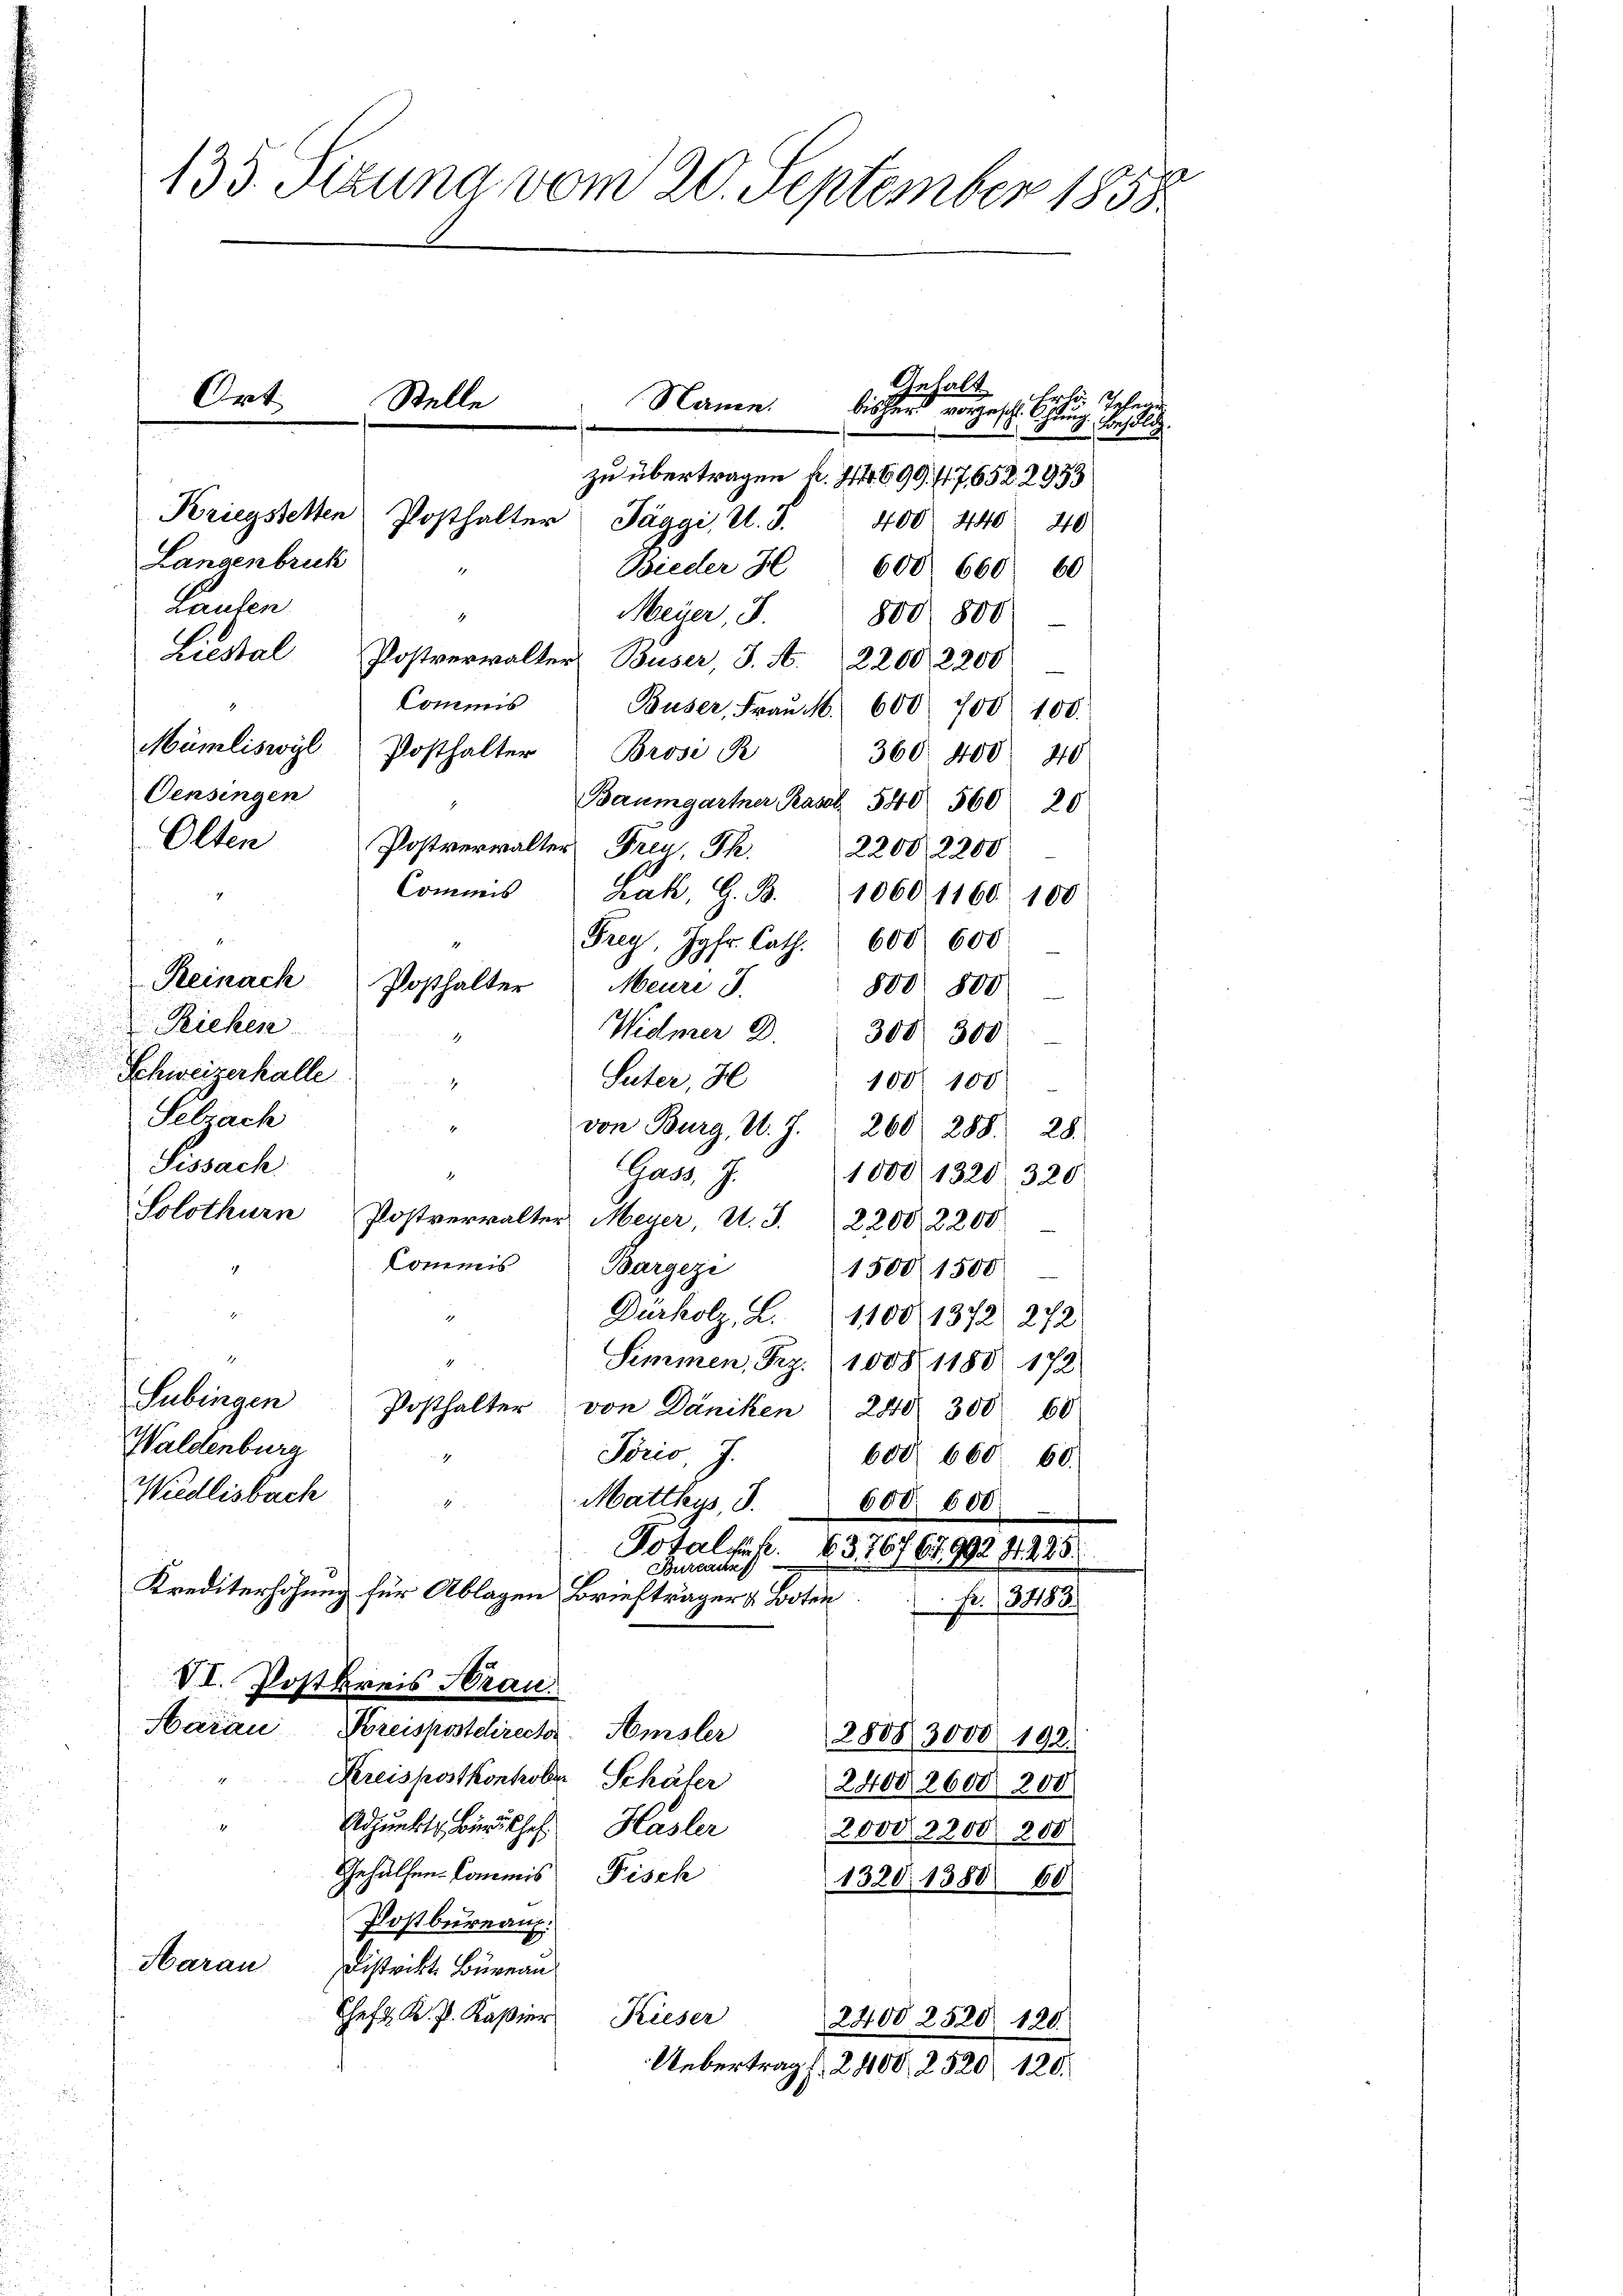
zu übertragen u. 44. 699. f. 7, 652. 2953
Langenbruck
Bieder H 600 660. 60
Lauten
4
Meier, S. 800 800
Liestal Postverwalter Buser, J. N. 2200. 2200
Commis
Buser, Fraŭ N. 600. 700. 100.
Mümliswyl Posthalter Brosi R
360 400. 410
Oensingen
Baumgartner Pasel. 540 560 20
Olten
Postverwalter Frau, Th. 2200, 2200
4
Commis rak, G. B. 1060. 1160. 100
Frey, Jgfr. Cath. 600. 600
Reinach Posthalter Meuri J.
 Teichen
Widmer d. 308 300
4
Schweizerhalle
Suter, H
Selzach
von Burg, U. J. 260. 288. 28.
Sissach
Gads J.
.
Solothurn
Postverwalter Meyer, U. J. 2200, 2200
Commis
Bargezi

1
Subingen
Posthalter von Däniken 240. 300 60
Waldenburg
Sörio, J.
Wiedlisbach
Matthaus, d.
c
Totalk. 37676, 992 41225
Bureach
Krediterhöhung für Ablagen Briefträger Boten
Fr. 13483.
VI. Postkreis Brau.
Marau Breispostdirect. Amsler
28083000 192.
Kreispostkontober Schäter
2400, 2600 200
Adjunkt Bindisches Hasler
2000, 2200. 200
Gehülfen-Commis Fisch
1320. 1388 60.
Postbureau.
Harau
Distrikt. Büreau
Cheft K. P. Kasier Kieser
2400 2520. 120.
Uebertrag. 2400, 2520/ 120.

135. Sizung vom 20. September 1858.

Ort.

Stelle
.
Kriegstelten Posthalter Jäggi, U. S.

Name

Gehalt Frl. Geleg
bisher vorgesch. Achtung. Finsli
400. 440. 40

800. 800
1000. 1320 320
1500 1500
Dürkolz, L. 11001372. 272
Simmen, Bez. 10081180. 172
600. 660 60.
608. 600

100° 100